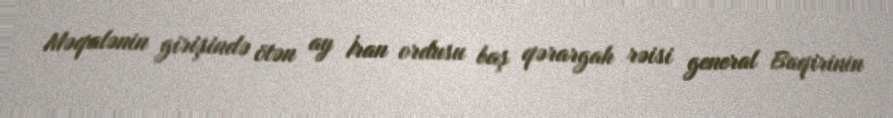
Məqalənin girişində ötən ay İran ordusu baş qərargah rəisi general Baqirinin